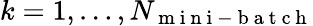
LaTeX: k=1,\ldots,N_{\mathrm{~m~i~n~i~-~b~a~t~c~h~}}